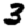
Digit: 3